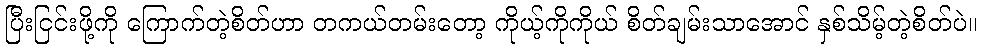
ပြီးငြင်းဖို့ကို ကြောက်တဲ့စိတ်ဟာ တကယ်တမ်းတော့ ကိုယ့်ကိုကိုယ် စိတ်ချမ်းသာအောင် နှစ်သိမ့်တဲ့စိတ်ပဲ။